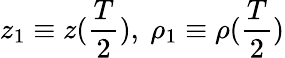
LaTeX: z_{1}\equiv z(\frac{T}{2}),\ \rho_{1}\equiv\rho(\frac{T}{2})